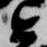
近